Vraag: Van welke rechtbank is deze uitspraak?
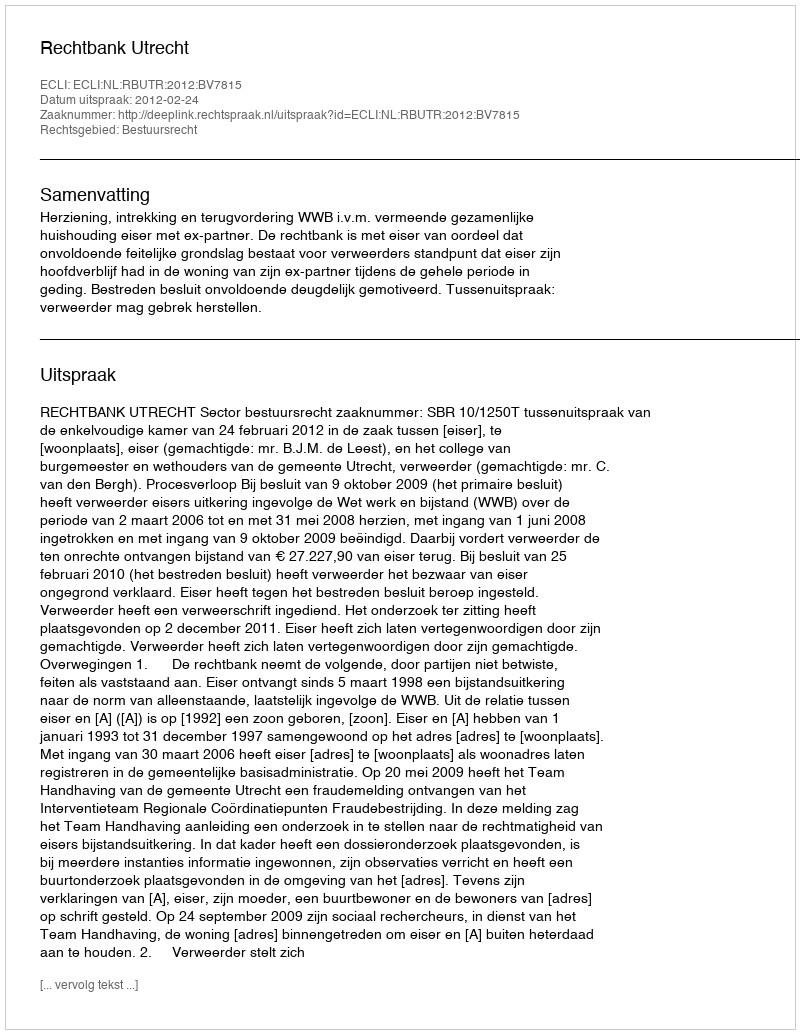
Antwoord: Rechtbank Utrecht